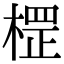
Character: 𣗵